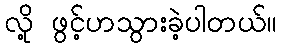
လို့ ဖွင့်ဟသွားခဲ့ပါတယ်။